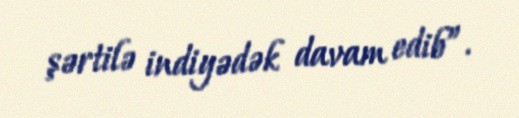
şərtilə indiyədək davam edib”.